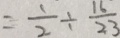
= \frac { 1 } { 2 } \div \frac { 1 6 } { 2 3 }